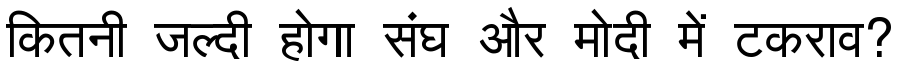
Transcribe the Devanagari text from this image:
कितनी जल्दी होगा संघ और मोदी में टकराव?